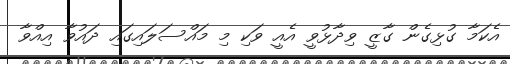
އެކަމާ ގުޅިގެން ގާޒީ ވިދާޅުވީ އެއީ ވަކި މި މައްސަލައިގައި ދައުވާ އިއްވާ